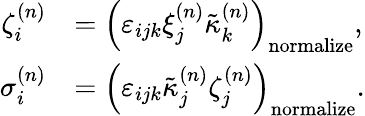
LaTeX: \begin{array}{rl}{\zeta_{i}^{(n)}}&{=\left(\varepsilon_{ijk}\xi_{j}^{(n)}\tilde{\kappa}_{k}^{(n)}\right)_{\mathrm{normalize}},}\\ {\sigma_{i}^{(n)}}&{=\left(\varepsilon_{ijk}\tilde{\kappa}_{j}^{(n)}\zeta_{j}^{(n)}\right)_{\mathrm{normalize}}.}\end{array}